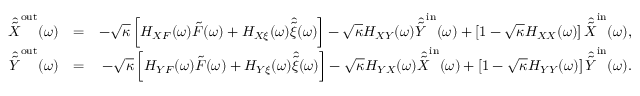
\begin{array} { r l r } { \hat { \tilde { X } } ^ { \mathrm { o u t } } ( \omega ) } & { = } & { - \sqrt { \kappa } \left[ H _ { X F } ( \omega ) \tilde { F } ( \omega ) + H _ { X \xi } ( \omega ) \hat { \tilde { \xi } } ( \omega ) \right] - \sqrt { \kappa } H _ { X Y } ( \omega ) \hat { \tilde { Y } } ^ { \mathrm { i n } } ( \omega ) + \left[ 1 - \sqrt { \kappa } H _ { X X } ( \omega ) \right] \hat { \tilde { X } } ^ { \mathrm { i n } } ( \omega ) , } \\ { \hat { \tilde { Y } } ^ { \mathrm { o u t } } ( \omega ) } & { = } & { - \sqrt { \kappa } \left[ H _ { Y F } ( \omega ) \tilde { F } ( \omega ) + H _ { Y \xi } ( \omega ) \hat { \tilde { \xi } } ( \omega ) \right] - \sqrt { \kappa } H _ { Y X } ( \omega ) \hat { \tilde { X } } ^ { \mathrm { i n } } ( \omega ) + \left[ 1 - \sqrt { \kappa } H _ { Y Y } ( \omega ) \right] \hat { \tilde { Y } } ^ { \mathrm { i n } } ( \omega ) . } \end{array}